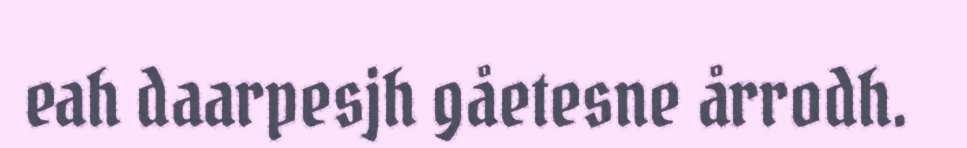
eah daarpesjh gåetesne årrodh.